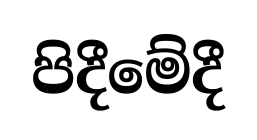
පිදීමේදී